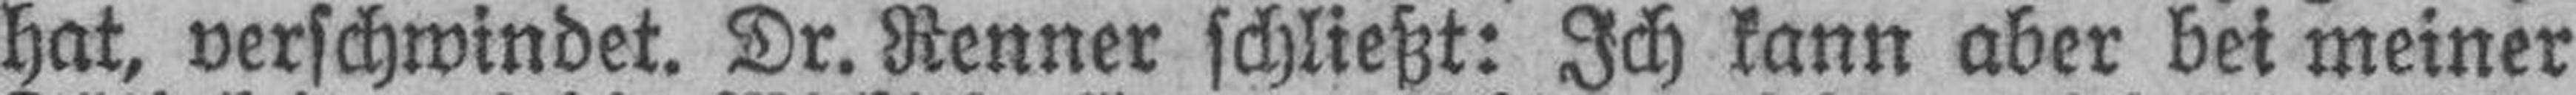
hat, verschwindet. Dr. Renner schließt: Ich kann aber bei meiner